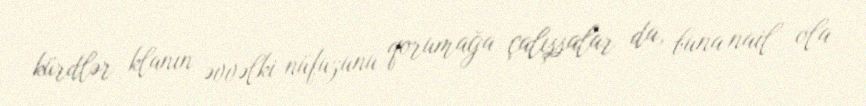
kürdlər klanın əvvəlki nüfuzunu qorumağa çalışsalar da, buna nail ola